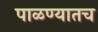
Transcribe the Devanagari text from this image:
पाळण्यातच